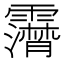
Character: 𩆤